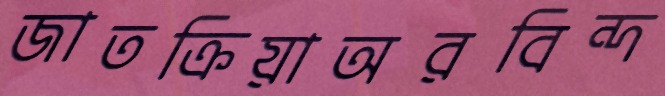
জাতক্রিয়াঅরবিন্দ